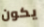
يكون